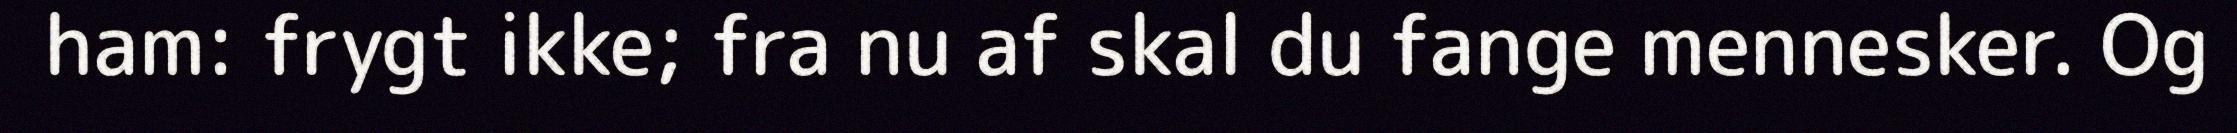
ham: frygt ikke; fra nu af skal du fange mennesker. Og